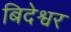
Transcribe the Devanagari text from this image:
बिदेश्वर